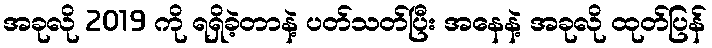
အခုလို 2019 ကို ရရှိခဲ့တာနဲ့ ပတ်သတ်ပြီး အနေနဲ့ အခုလို ထုတ်ပြန်